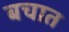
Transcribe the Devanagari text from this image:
बचात